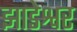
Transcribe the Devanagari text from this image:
झाडेश्वर